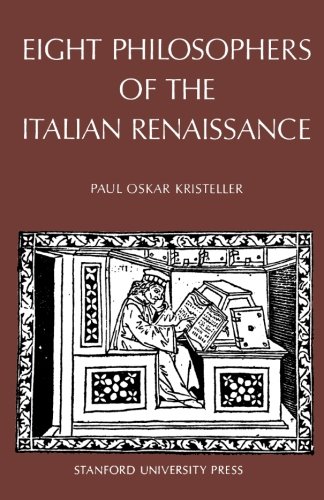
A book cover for Eight Philosophers of the Italian Renaissance; Paul Kristeller; Politics & Social Sciences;